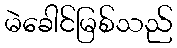
မဲခေါင်မြစ်သည်